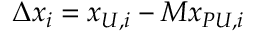
\Delta x _ { i } = x _ { U , i } - M x _ { P U , i }